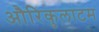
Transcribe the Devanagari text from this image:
औरिकुलाटम